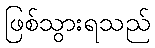
ဖြစ်သွားရသည်